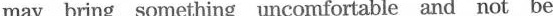
may bring something uncomfortable and not be